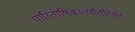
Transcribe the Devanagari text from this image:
पारितोषिकाव्यतिरिक्त